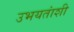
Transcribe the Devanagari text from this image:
उभयतांशी